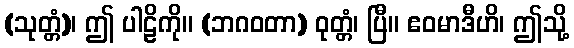
(သုတ္တံ)၊ ဤ ပါဠိကို။ (ဘဂဝတာ) ဝုတ္တံ၊ ပြီ။ ဧဝမာဒီဟိ၊ ဤသို့